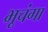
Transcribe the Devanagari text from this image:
भूचंगा